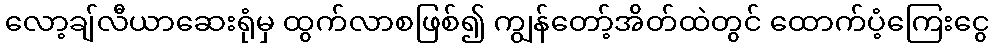
လော့ချ်လီယာဆေးရုံမှ ထွက်လာစဖြစ်၍ ကျွန်တော့်အိတ်ထဲတွင် ထောက်ပံ့ကြေးငွေ